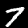
Digit: 7